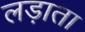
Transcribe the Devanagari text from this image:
लड़ाता